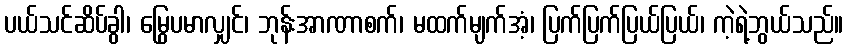
ပယ်သင်ဆိပ်ခွါ၊ မြွေပမာလျှင်၊ ဘုန်းအာဏာစက်၊ မထက်မျက်အံ့၊ ပြက်ပြက်ပြယ်ပြယ်၊ ကဲ့ရဲ့ဘွယ်သည်။